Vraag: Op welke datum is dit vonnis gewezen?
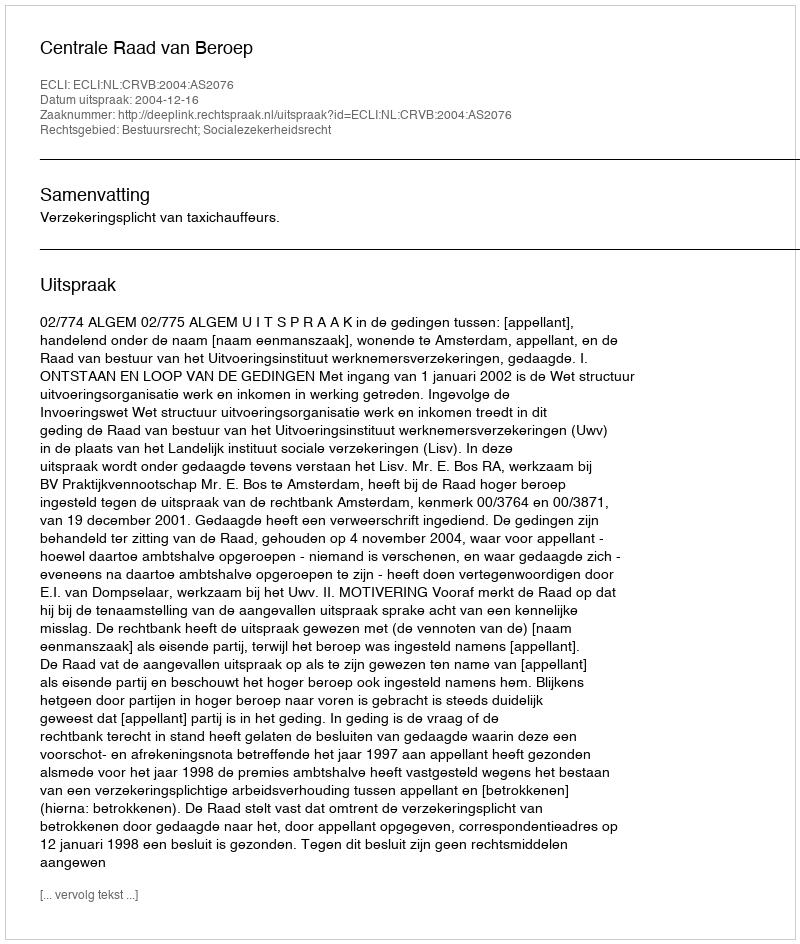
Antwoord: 2004-12-16